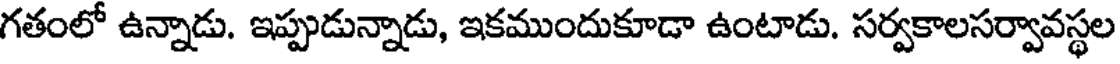
గతంలో ఉన్నాడు. ఇప్పుడున్నాడు, ఇకముందుకూడా ఉంటాడు. సర్వకాలసర్వావస్థల